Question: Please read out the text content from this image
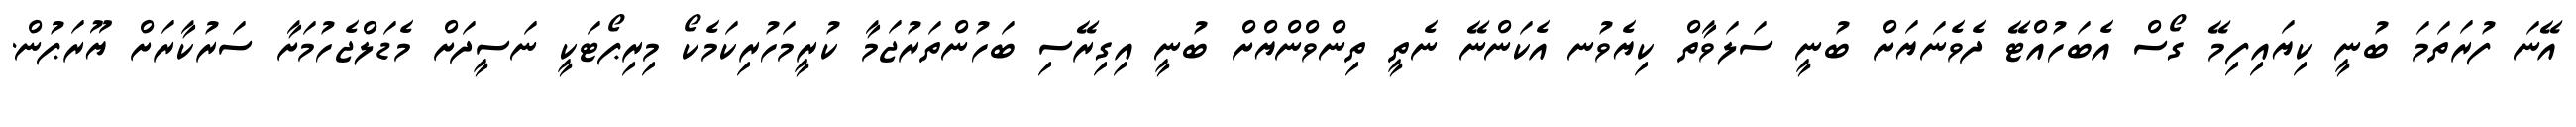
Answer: އޭނަ ފުރަތަމަ ބުނީ ކިޔައިފިމޭ ގޯސް އެބަހުއްޓޭ ދެވެނަޔަށް ބުނީ ސަލަވާތް ކިޔެވުނ އެކަންނޭ ނެތީ ތިންވްންޔްށް ބުނީ އިގިރޭސި ބަހުންތަރުޖަމާ ކުރީމަހުރިކަމެކޯ މިރިޕޯޓަކީ ނަސީދަށް މެޑަލްޖެހުމަށާ ސަރުކާރަށް ޔޫރަޕުން.